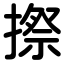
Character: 摖